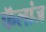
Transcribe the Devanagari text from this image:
फॅलांज